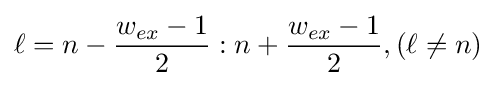
\ell =n-{\frac {w_{ex}-1}{2}}:n+{\frac {w_{ex}-1}{2}},(\ell \neq n)